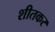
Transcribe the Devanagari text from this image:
शीतकर